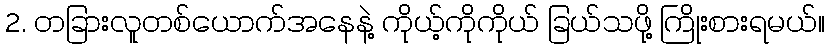
2. တခြားလူတစ်ယောက်အနေနဲ့ ကိုယ့်ကိုကိုယ် ခြယ်သဖို့ ကြိုးစားရမယ်။